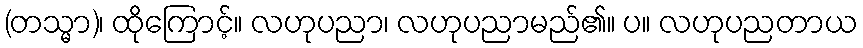
(တသ္မာ)၊ ထိုကြောင့်။ လဟုပညာ၊ လဟုပညာမည်၏။ ပ။ လဟုပညတာယ